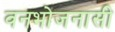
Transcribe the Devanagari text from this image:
वनभोजनासी